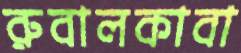
রুবালকাবা